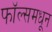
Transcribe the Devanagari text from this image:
फॉल्समधून